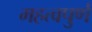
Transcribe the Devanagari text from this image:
महत्‍वपुर्ण